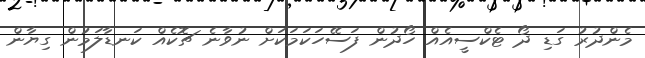
މެންދުރު ގަޑި ދޯ ޓެކްސީއެއް ހޯދުން ފަސޭހަކަމަކަށް ނުވާނެ ޗޮކެއް ކަނޑާލަމުން ގިޔާން